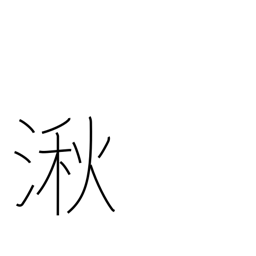
Meaning: wetlands